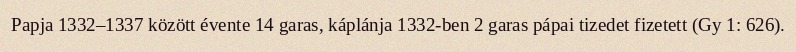
Papja 1332–1337 között évente 14 garas, káplánja 1332-ben 2 garas pápai tizedet fizetett (Gy 1: 626).